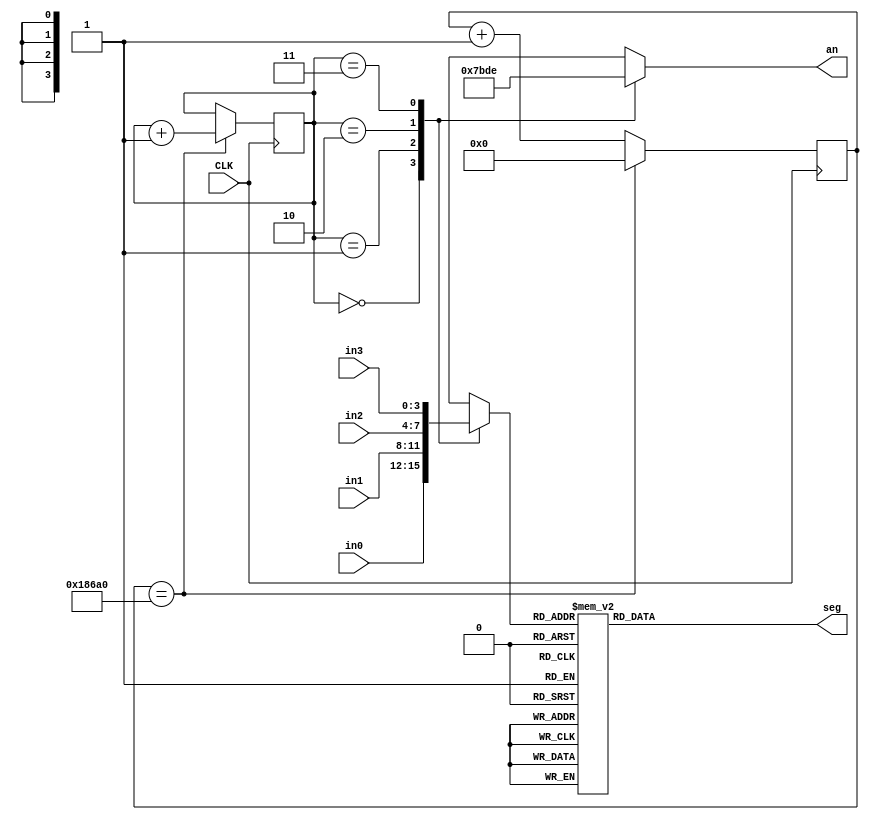
`timescale 1ns / 1ps

module display_7seg_x4(input CLK,            //100MHz
                       input [3:0] in0,
                       input [3:0] in1,
                       input [3:0] in2,
                       input [3:0] in3,
                       output reg [0:6] seg,
                       output reg [0:3] an);
    
    reg [19:0] count = 0;
    reg [1:0] sel    = 0;
    parameter T1MS   = 100000;
    reg [3:0] seg7_in;
    
    always @(seg7_in) begin
        case(seg7_in)
            0: seg       = 7'b000_0001; //111_1110;
            1: seg       = 7'b100_1111; //011_0000;
            2: seg       = 7'b001_0010; //110_1101;
            3: seg       = 7'b000_0110; //111_1001;
            4: seg       = 7'b100_1100; //011_0011;
            5: seg       = 7'b010_0100; //101_1011;
            6: seg       = 7'b010_0000; //101_1111;
            7: seg       = 7'b000_1111; //111_0000;
            8: seg       = 7'b000_0000; //111_1111;
            9: seg       = 7'b000_1100; //111_0011;
            default: seg = 7'b111_1111; //000_0000;
        endcase
    end
    
    always @(posedge CLK) begin
        count <= count+1;
        if (count == T1MS) begin
            count <= 0;
            sel   <= sel+1;
        end
    end
    
    always @(sel, in0, in1, in2, in3) begin
        case(sel)
            0:       begin an = 4'b0111; seg7_in = in0;     end
            1:       begin an = 4'b1011; seg7_in = in1;     end
            2:       begin an = 4'b1101; seg7_in = in2;     end
            3:       begin an = 4'b1110; seg7_in = in3;     end
            default: begin an = 4'b1111; seg7_in = 4'bxxxx; end
        endcase
    end
endmodule